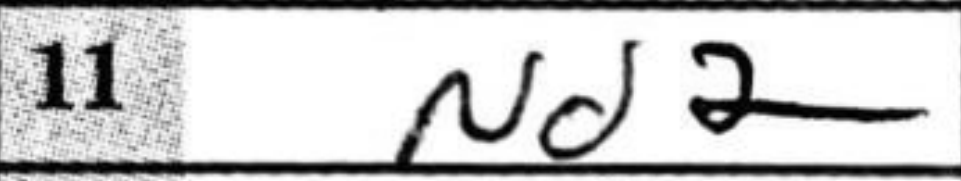
Transcription: Nd2